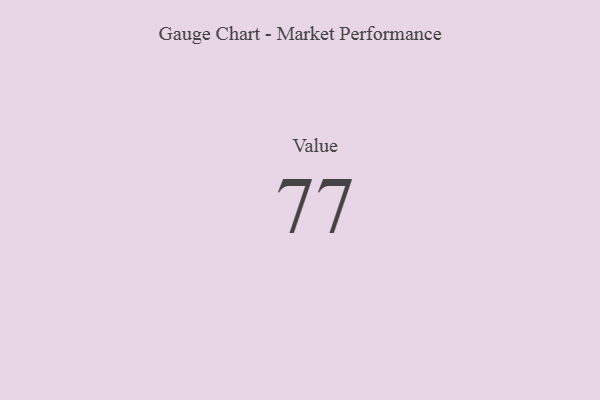
{"axis": {"x": "Metric", "y": "Value"}, "legend": [""], "data": [{"x": "Value", "y": 77, "type": ""}]}